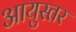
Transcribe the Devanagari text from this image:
आयुस्तर